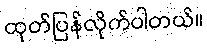
ထုတ်ပြန်လိုက်ပါတယ်။